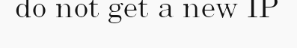
do not get a new IP